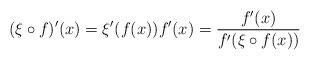
LaTeX: \begin{align*}(\xi\circ f)'(x)=\xi'(f(x))f'(x)=\frac{f'(x)}{f'(\xi\circ f(x) )}\end{align*}